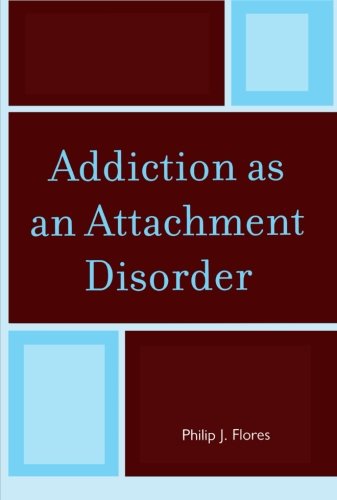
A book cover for Addiction as an Attachment Disorder; Philip J. Flores; Medical Books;